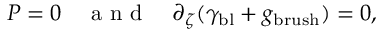
P = 0 \quad \mathrm { ~ a ~ n ~ d ~ } \quad \partial _ { \zeta } ( \gamma _ { \mathrm { b l } } + g _ { \mathrm { b r u s h } } ) = 0 ,